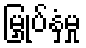
မြှုပ်နှံမှု